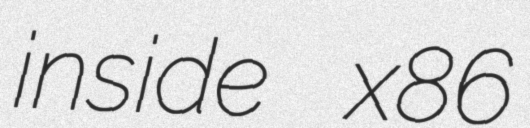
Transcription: inside x86